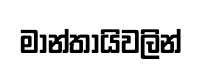
මාන්තායිවලින්